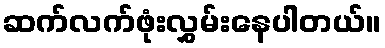
ဆက်လက်ဖုံးလွှမ်းနေပါတယ်။